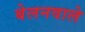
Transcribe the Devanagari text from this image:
बेलनवाले